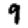
Digit: 9